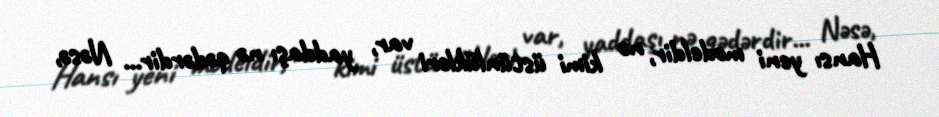
Hansı yeni modeldir, nə kimi üstünlükləri var, yaddaşı nə qədərdir... Nəsə,